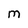
Character: m